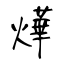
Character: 燁